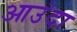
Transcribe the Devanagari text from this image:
आउंदा